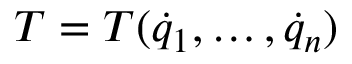
T = T ( { \dot { q } } _ { 1 } , \dots , { \dot { q } } _ { n } )